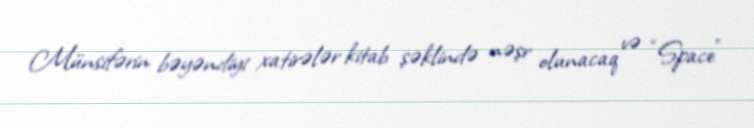
Münsifərin bəyəndiyi xatirələr kitab şəklində nəşr olunacaq və “Space”